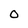
Character: O